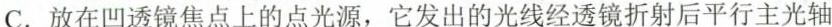
C.放在凹透镜焦点上的点光源，它发出的光线经透镜折射后平行主光轴